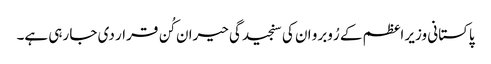
پاکستانی وزیر اعظم کے رُوبرو ان کی سنجیدگی حیران کُن قرار دی جا رہی ہے۔